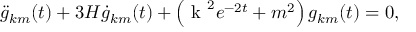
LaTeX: \ddot { g } _ { k m } ( t ) + 3 H \dot { g } _ { k m } ( t ) + \left( \mathrm { \boldmath ~ k ~ } ^ { 2 } e ^ { - 2 t } + m ^ { 2 } \right) g _ { k m } ( t ) = 0 ,